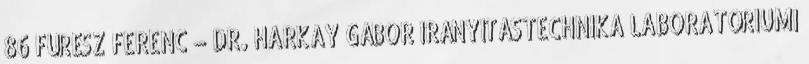
86 FŰRÉSZ FERENC – DR. HARKAY GÁBOR IRÁNYÍTÁSTECHNIKA LABORATÓRIUMI